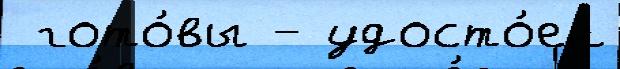
 гото́вы - удосто́ен